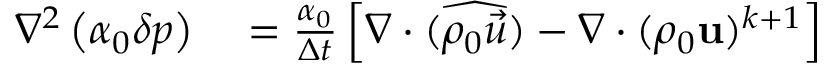
\begin{array} { r l } { \nabla ^ { 2 } \left( \alpha _ { 0 } \delta p \right) } & { { } = \frac { \alpha _ { 0 } } { \Delta t } \left[ \nabla \cdot ( \widehat { \rho _ { 0 } \vec { u } } ) - \nabla \cdot ( \rho _ { 0 } \mathbf { u } ) ^ { k + 1 } \right] } \end{array}